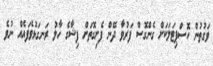
ވަގުތުން ހޮސްޕިޓަލަކަށް ގެންގޮސް ފަރުވާ ދޭން ފެށިގޮތަށް ފިޝާގެ ހާލު ރަނގަޅުވެފައެއް ނުވެ